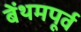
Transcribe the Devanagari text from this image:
बेंथमपूर्व